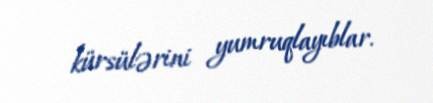
kürsülərini yumruqlayıblar.